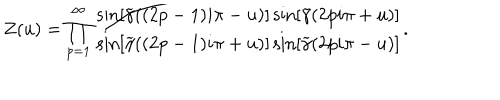
LaTeX: Z ( u ) = \prod _ { p = 1 } ^ { \infty } \frac { \sin \left[ \widetilde { \gamma } ( ( 2 p - 1 ) i \pi - u ) \right] \sin \left[ \widetilde { \gamma } ( 2 p i \pi + u ) \right] } { \sin \left[ \widetilde { \gamma } ( ( 2 p - 1 ) i \pi + u ) \right] \sin \left[ \widetilde { \gamma } ( 2 p i \pi - u ) \right] } .